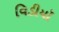
વિડીયૉ